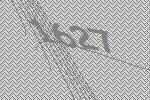
1627